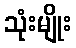
သုံးမျိုး